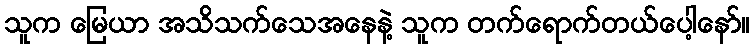
သူက မြေယာ အသိသက်သေအနေနဲ့ သူက တက်ရောက်တယ်ပေါ့နော်။